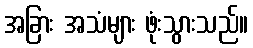
အခြား အသံများ ဖုံးသွားသည်။